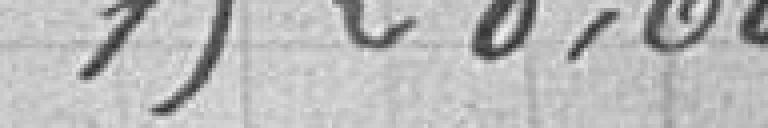
1.528,60